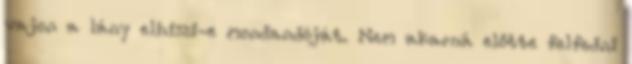
vajon a lány elhiszi-e mondandóját. Nem akarná előtte felfedni